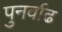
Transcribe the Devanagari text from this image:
पुनर्वाढ